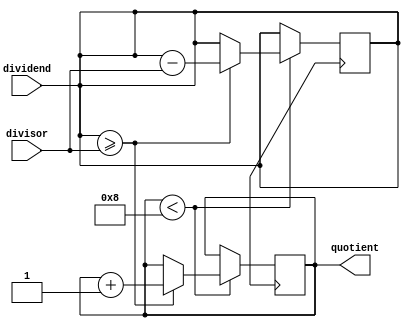
module counter_based_divider (
    input [7:0] dividend,
    input [7:0] divisor,
    output reg [7:0] quotient
);

reg [7:0] remainder;
reg [7:0] counter;

always @ (posedge clk) begin
    if (counter < 8) begin
        if (dividend >= divisor) begin
            dividend <= dividend - divisor;
            remainder <= dividend;
            counter <= counter + 1;
        end
    end
end

always @ (*) begin
    quotient = counter;
end

endmodule